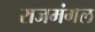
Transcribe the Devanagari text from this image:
राजमंगल